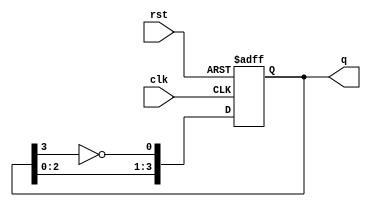
module Johnson_Counter (
    input wire clk,      // Clock signal
    input wire rst,      // Asynchronous reset signal
    output reg [3:0] q   // Output of the counter
);

    always @(posedge clk or posedge rst) begin
        if (rst) begin
            // Reset state
            q <= 4'b0000;
        end else begin
            // Johnson counter logic
            q[0] <= ~q[3]; // Invert the last flip-flop output and assign to the first
            q[3:1] <= q[2:0]; // Shift the other flip-flops
        end
    end

endmodule